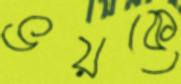
ভয়কে